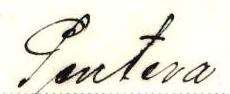
Ponteva